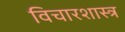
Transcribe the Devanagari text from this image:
विचारशास्त्र